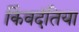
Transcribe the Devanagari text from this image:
किंवदंतिया